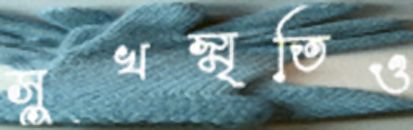
সুখস্মৃতিও